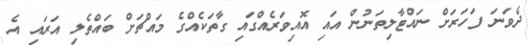
ދެވަނަ ފަހަރަށް ނައްޓާލިތަނުން އައި އޮއިވަރެއްގައި ގާތަކެއްގެ މައްޗަށް ބައްތެލި އަރައި އެ